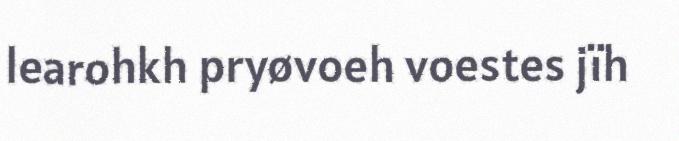
learohkh pryøvoeh voestes jïh